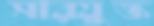
সারযুক্ত